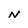
Character: N